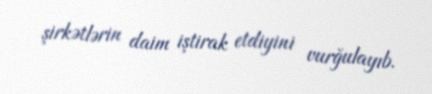
şirkətlərin daim iştirak etdiyini vurğulayıb.